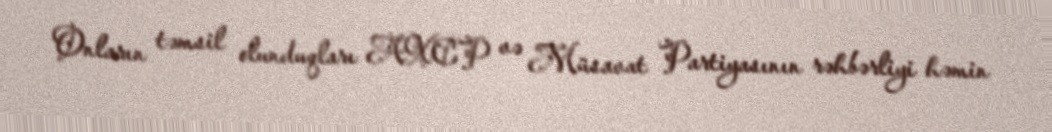
Onların təmsil olunduqları AXCP və Müsavat Partiyasının rəhbərliyi həmin